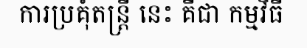
ការប្រគុំតន្ត្រី នេះ គឺជា កម្មវិធី